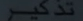
Transcribe